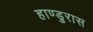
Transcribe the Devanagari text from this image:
हाण्डुरास